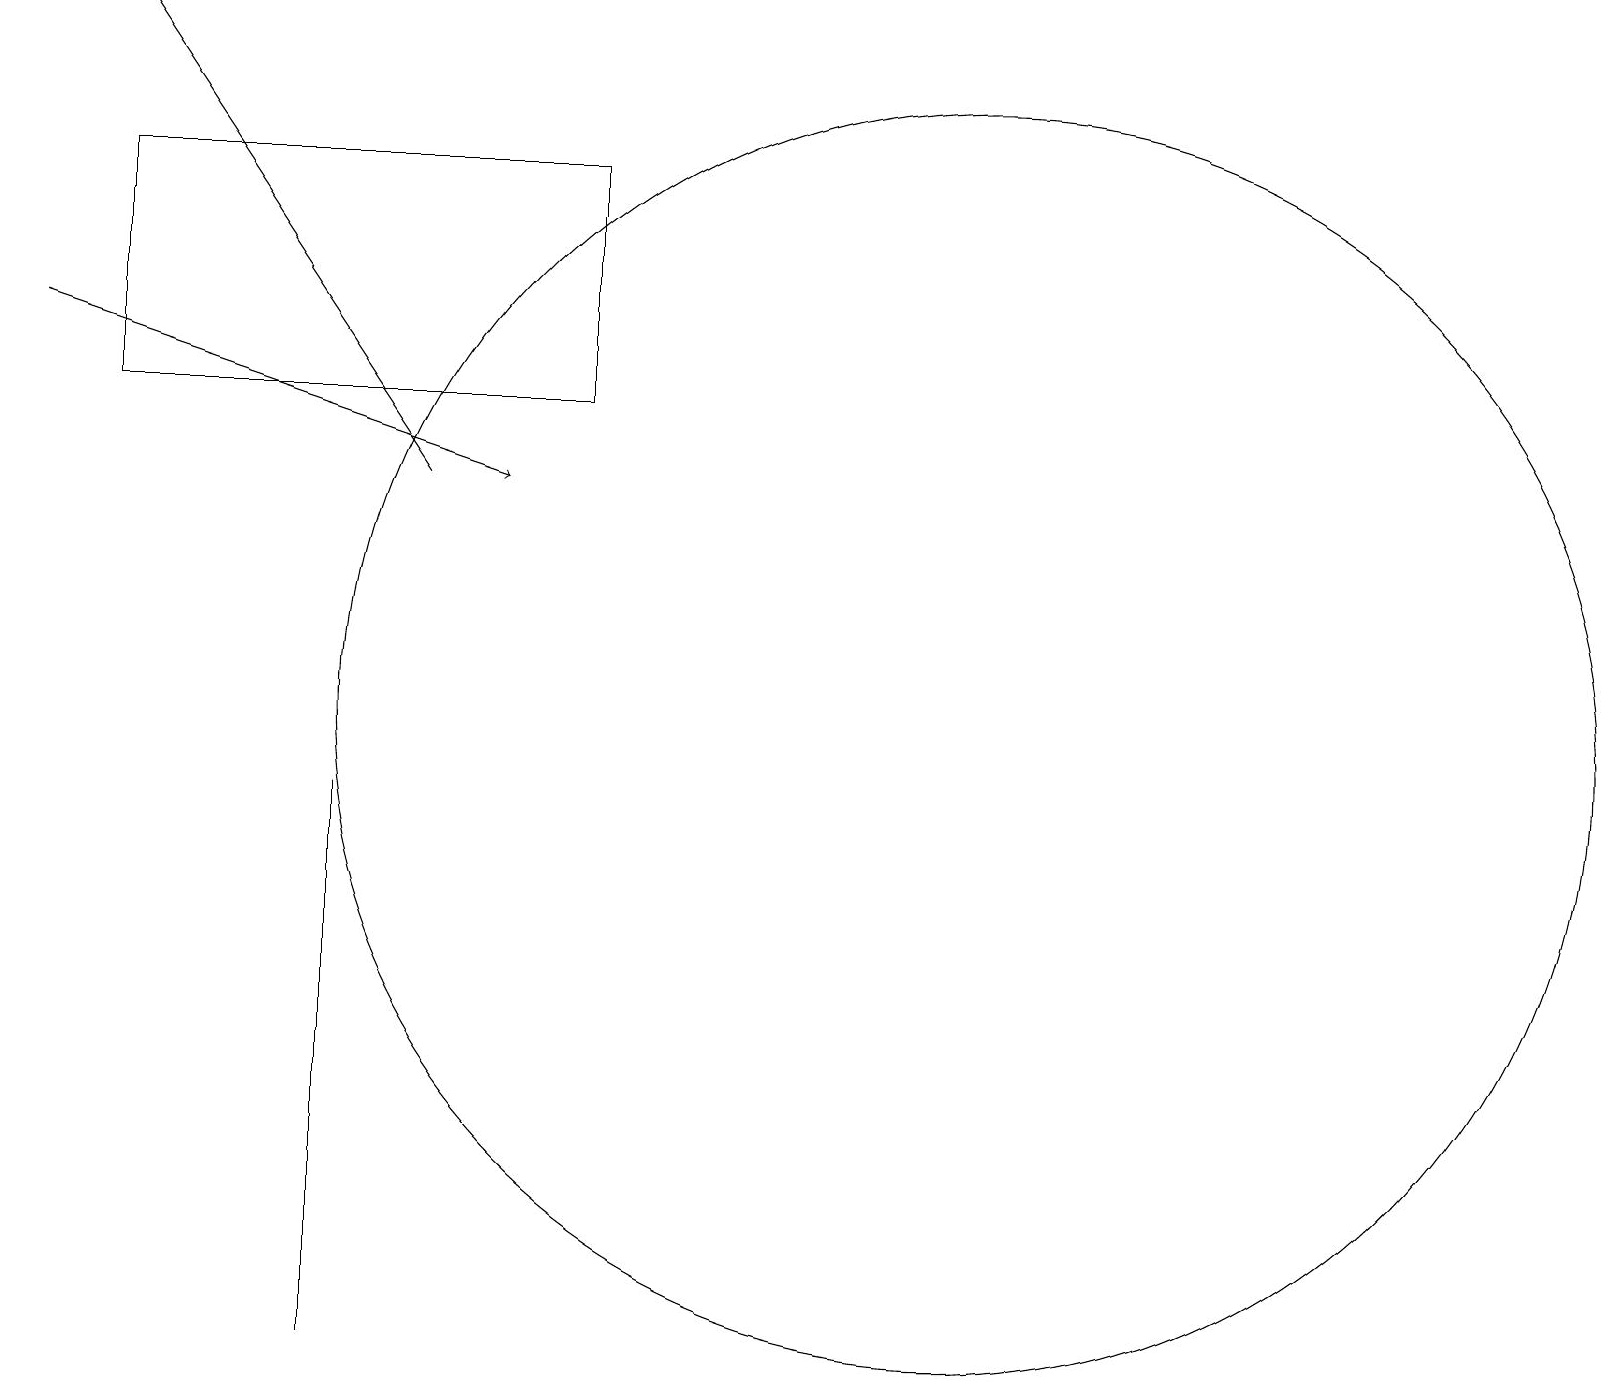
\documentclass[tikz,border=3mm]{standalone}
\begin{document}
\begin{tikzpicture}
\draw[->] (0,15) -- (6,13);
\draw (12,10) circle (8);
\draw[->] (5,13) -- (1,19);
\draw (4,8) -- (4,2) -- (4,9) -- cycle;
\draw (7,17) rectangle (1,14);
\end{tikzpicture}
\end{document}